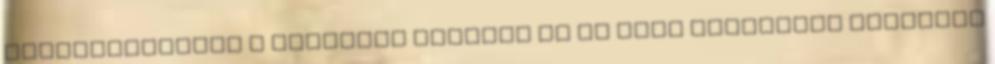
szellõzõnyílás a szabadba nyíljon és az alsó nyílásnak szellõzõ